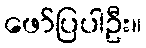
ဖော်ပြပါဦး။